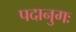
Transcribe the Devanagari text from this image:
पदानुगः